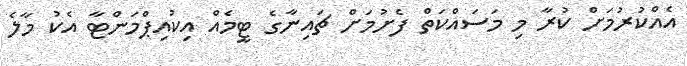
އެއްކުރުމަށް ކުރާ މި މަސައްކަތް ފެށުމަށް ޗައިނާގެ ޓީމެއް އިކުއިޕްމަންޓާ އެކު މާލެ